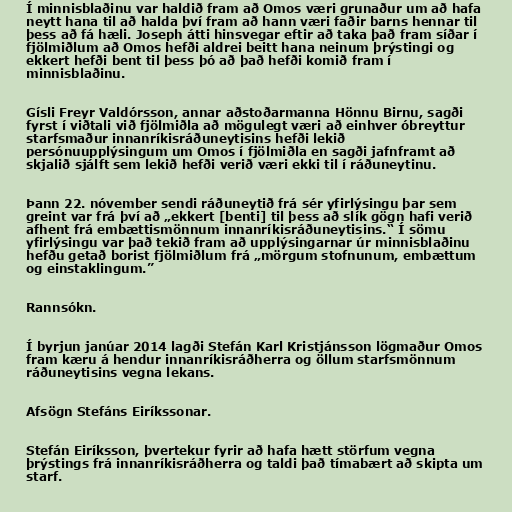
Í minnisblaðinu var haldið fram að Omos væri grunaður um að hafa
neytt hana til að halda því fram að hann væri faðir barns hennar til
þess að fá hæli. Joseph átti hinsvegar eftir að taka það fram síðar í
fjölmiðlum að Omos hefði aldrei beitt hana neinum þrýstingi og
ekkert hefði bent til þess þó að það hefði komið fram í
minnisblaðinu.

Gísli Freyr Valdórsson, annar aðstoðarmanna Hönnu Birnu, sagði
fyrst í viðtali við fjölmiðla að mögulegt væri að einhver óbreyttur
starfsmaður innanríkisráðuneytisins hefði lekið
persónuupplýsingum um Omos í fjölmiðla en sagði jafnframt að
skjalið sjálft sem lekið hefði verið væri ekki til í ráðuneytinu.

Þann 22. nóvember sendi ráðuneytið frá sér yfirlýsingu þar sem
greint var frá því að „ekkert [benti] til þess að slík gögn hafi verið
afhent frá embættismönnum innanríkisráðuneytisins.“ Í sömu
yfirlýsingu var það tekið fram að upplýsingarnar úr minnisblaðinu
hefðu getað borist fjölmiðlum frá „mörgum stofnunum, embættum
og einstaklingum.”

Rannsókn.

Í byrjun janúar 2014 lagði Stefán Karl Kristjánsson lögmaður Omos
fram kæru á hendur innanríkisráðherra og öllum starfsmönnum
ráðuneytisins vegna lekans.

Afsögn Stefáns Eiríkssonar.

Stefán Eiríksson, þvertekur fyrir að hafa hætt störfum vegna
þrýstings frá innanríkisráðherra og taldi það tímabært að skipta um
starf.